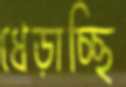
ধেড়াচ্ছি